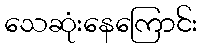
သေဆုံးနေကြောင်း